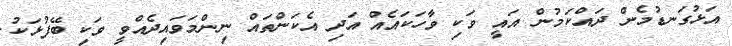
އަޅުގަނޑުމެން ދައްކަމުން އައީ ވަކި ވާހަކައެއް އަދި އެކަންތައް ނިންމަވައިދެއްވީ ވަކި ބޭފުޅަކު.